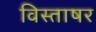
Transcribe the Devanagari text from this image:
विस्ताषर